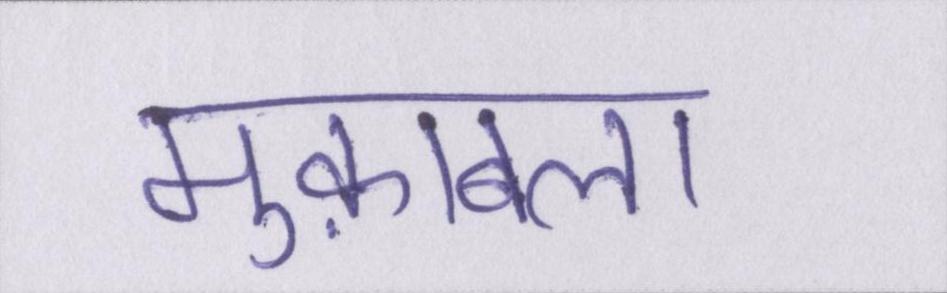
मुक़ाबला